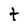
Character: t